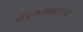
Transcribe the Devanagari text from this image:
वाङ्मयप्रवाहाच्या